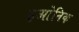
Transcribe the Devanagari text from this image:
इओनिक